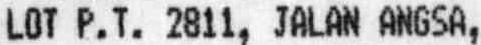
LOT P.T. 2811, JALAN ANGSA,